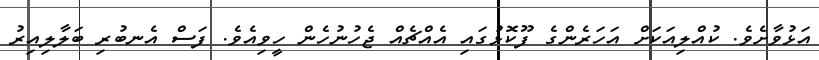
އަޅުވާށެވެ. ކުއްލިއަކަށް އަހަރެންގެ ފޫކޮޅުގައި އެއްޗެއް ޖެހުނުހެން ހީވިއެވެ. ފަސް އެނބުރި ބަލާލިއިރު